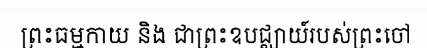
ព្រះធម្មកាយ និង ជាព្រះឧបជ្ឈាយ៍របស់ព្រះចៅ